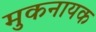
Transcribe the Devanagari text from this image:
मुकनायक